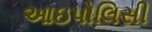
આઇપોલિસી